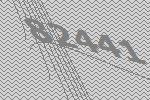
82441